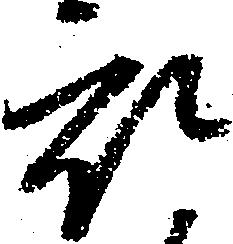
被